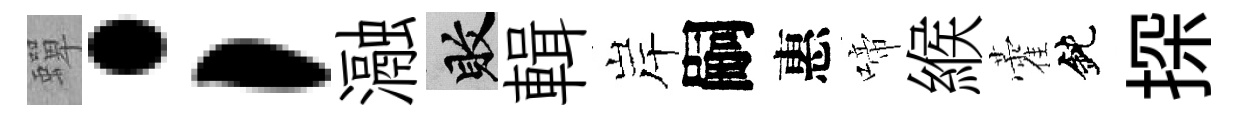
蟬；瀜敗輯岸嗣惠啼緱藿鈍探